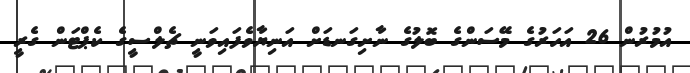
އުމުރުން 26 އަހަރުގެ މޭސަންގެ ބޮލުގެ ނާށިގަނޑަށް އަނިޔާވެފައިވަނީ ޗެލްސީގެ ކެޕްޓަން ގެރީ